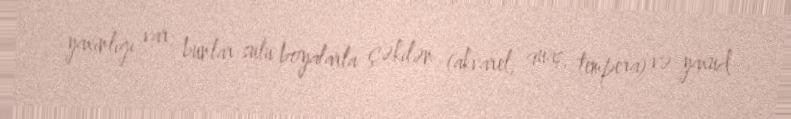
yaxınlığı var: bunlar sulu boyalarla çəkilən (akvarel, quaş, tempera) və yaxud